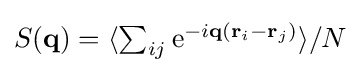
\textstyle S(\mathbf {q} )=\langle \sum _{ij}\mathrm {e} ^{-i\mathbf {q} (\mathbf {r} _{i}-\mathbf {r} _{j})}\rangle /N